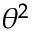
\theta ^ { 2 }